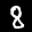
Label: 8